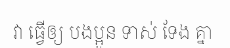
វា ធ្វើឲ្យ បងប្អូន ទាស់ ទែង គ្នា